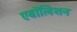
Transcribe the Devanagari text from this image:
एबॉलिशन